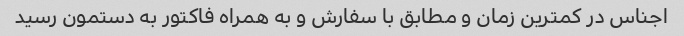
اجناس در کمترین زمان و مطابق با سفارش و به همراه فاکتور به دستمون رسید